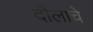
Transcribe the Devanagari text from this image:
दौलाचे